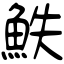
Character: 䱃